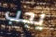
يجب